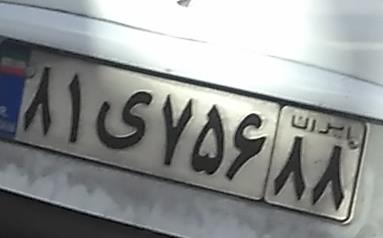
۸۱ی۷۵۶۸۸